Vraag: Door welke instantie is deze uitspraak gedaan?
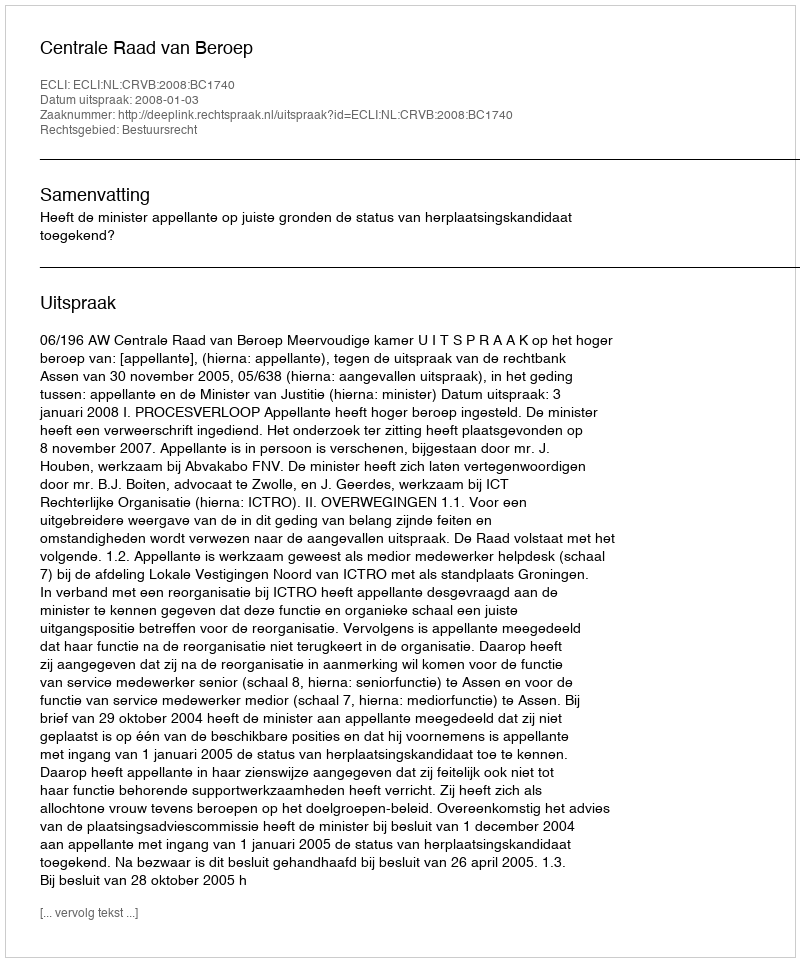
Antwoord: Centrale Raad van Beroep